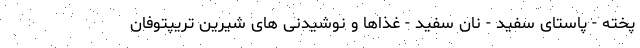
پخته - پاستای سفید - نان سفید - غذاها و نوشیدنی های شیرین تریپتوفان